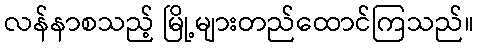
လန်နာစသည့် မြို့များတည်ထောင်ကြသည်။